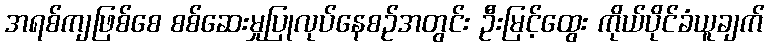
အရစ်ကျဖြစ်စေ စစ်ဆေးမှုပြုလုပ်နေစဉ်အတွင်း ဦးမြင့်ထွေး ကိုယ်ပိုင်ခံယူချက်